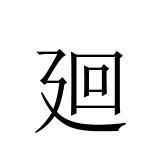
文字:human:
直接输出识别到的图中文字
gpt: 廻